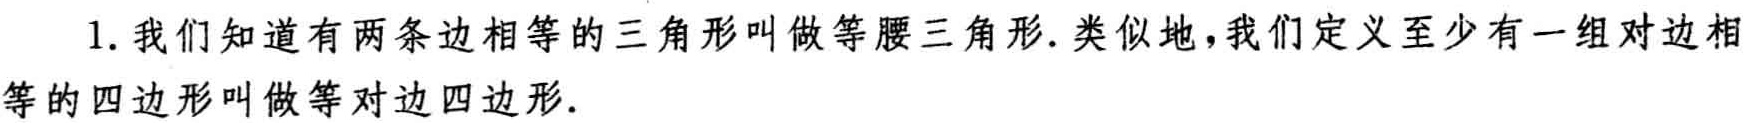
1. 我们知道有两条边相等的三角形叫做等腰三角形. 类似地，我们定义至少有一组对边相等的四边形叫做等对边四边形.